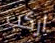
اركب